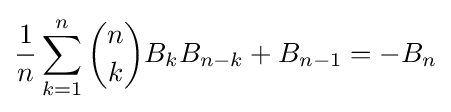
{\frac {1}{n}}\sum _{k=1}^{n}{\binom {n}{k}}B_{k}B_{n-k}+B_{n-1}=-B_{n}